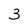
Character: 3